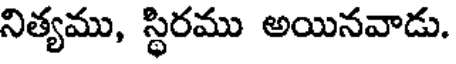
నిత్యము, స్థిరము అయినవాడు.